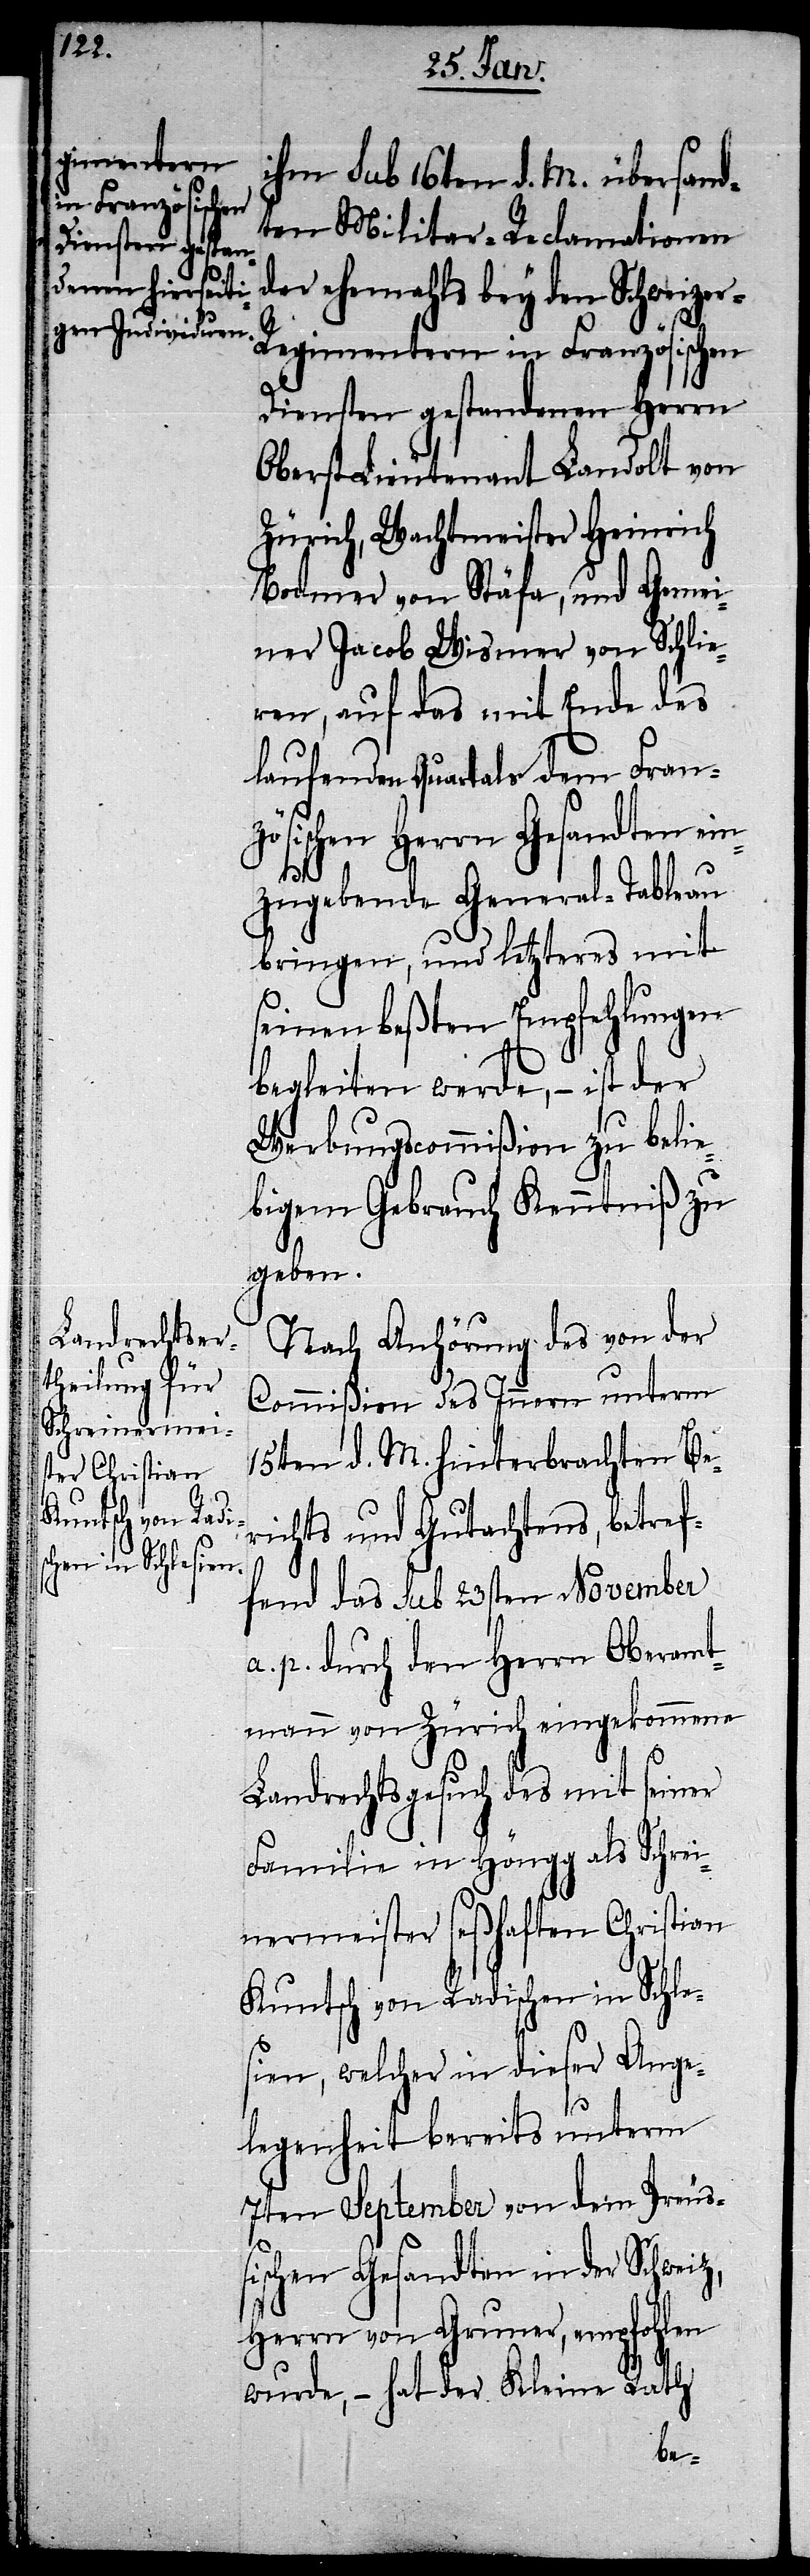
ihm sub 16ten d. M. übersand¬
ten Militar-Reclamationen
der ehemahls bey den Schweize¬
r-Regimentern in Französischen
Diensten gestandenen Herrn
Oberst-Lieutenant Landolt von
Zürich, Wachtmeister Heinrich
Bodmer von Stäfa, und Gemei¬
ner Jacob Wismer von Schlie¬
ren, auf das mit Ende des
laufenden Quartals dem Fran¬
zösischen Herrn Gesandten ein¬
zugebende General-Tableau
bringen, und letzteres mit
seinen beßten Empfehlungen
begleiten werde, – ist der
Werbungscommißion zu belie¬
bigem Gebrauch Kenntniß zu
geben.
Nach Anhörung des von der
Commißion des Innern unterm
15ten d. M. hinterbrachten Be¬
richts und Gutachtens, betref¬
fend das sub 23sten November
a. p. durch den Herrn Oberamt¬
mann von Zürich eingekommene
Landrechtsgesuch des mit seiner
Familie in Höngg als Schrei¬
nermeister seßhaften Christian
Kuntsch von Radischen in Schle¬
sien, welcher in dieser Ange¬
legenheit bereits unterm
7ten September von dem Preuß¬
ischen Gesandten in der Schweiz,
Herrn von Gruner, empfohlen
wurde, – hat der Kleine Rath